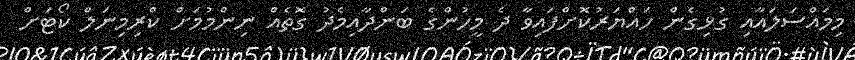
މިމައްސަލައާއި ގުޅިގެން ހައްޔަރުކޮށްފައިވާ ދެ މީހުންގެ ބަންދާއިމެދު ގޮތެއް ނިންމުމަށް ކްރިމިނަލް ކޯޓަށް